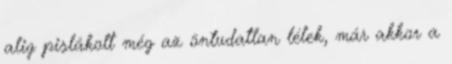
alig pislákolt még az öntudatlan lélek, már akkor a